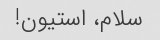
سلام، استیون!